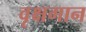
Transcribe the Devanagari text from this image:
वृक्षगान